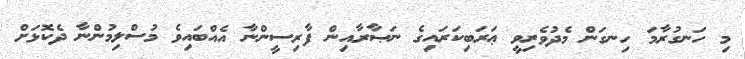
މި ހަނގުރާމަ ހިނގަން މެދުވެރިވީ ޢަރަބިކަރައިގެ ނަޞާރާއިން ފާރިސީންނާ އެއްބައިވެ މުސްލިމުންނާ ދެކޮޅަށް